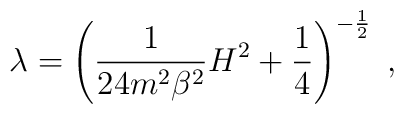
\lambda=\left(\frac{1 }{24 m^2\beta^2} H^2+\frac{1}{4}\right)^{-\frac{1}{2}}\; ,